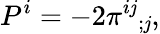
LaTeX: P^{i}=-2\pi^{i\mathit{j}}{}_{;\mathit{j}},